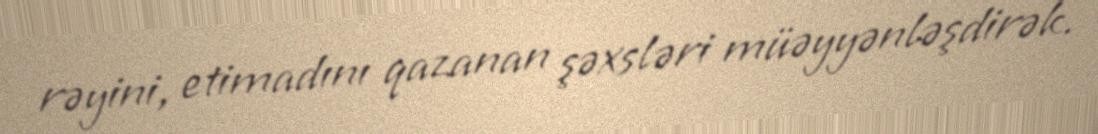
rəyini, etimadını qazanan şəxsləri müəyyənləşdirək.